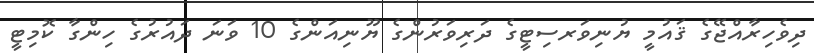
ދިވެހިރާއްޖޭގެ ޤައުމީ ޔުނިވަރސިޓީގެ ދަރިވަރުންގެ ޔޫނިއަންގެ 10 ވަނަ ދައުރުގެ ހިންގާ ކޮމިޓީ